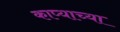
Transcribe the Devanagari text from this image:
काप्याच्या